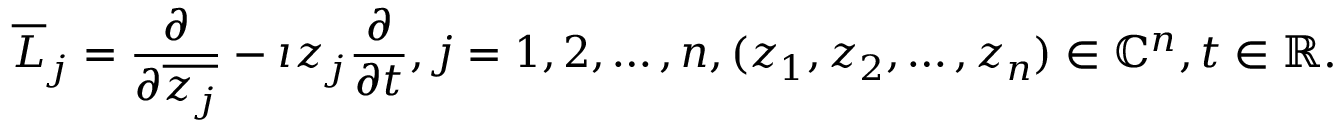
{ \overline { { L } } } _ { j } = { \frac { \partial } { \partial { \overline { { z _ { j } } } } } } - \imath z _ { j } { \frac { \partial } { \partial t } } , j = 1 , 2 , \ldots , n , ( z _ { 1 } , z _ { 2 } , \ldots , z _ { n } ) \in \mathbb { C } ^ { n } , t \in \mathbb { R } .